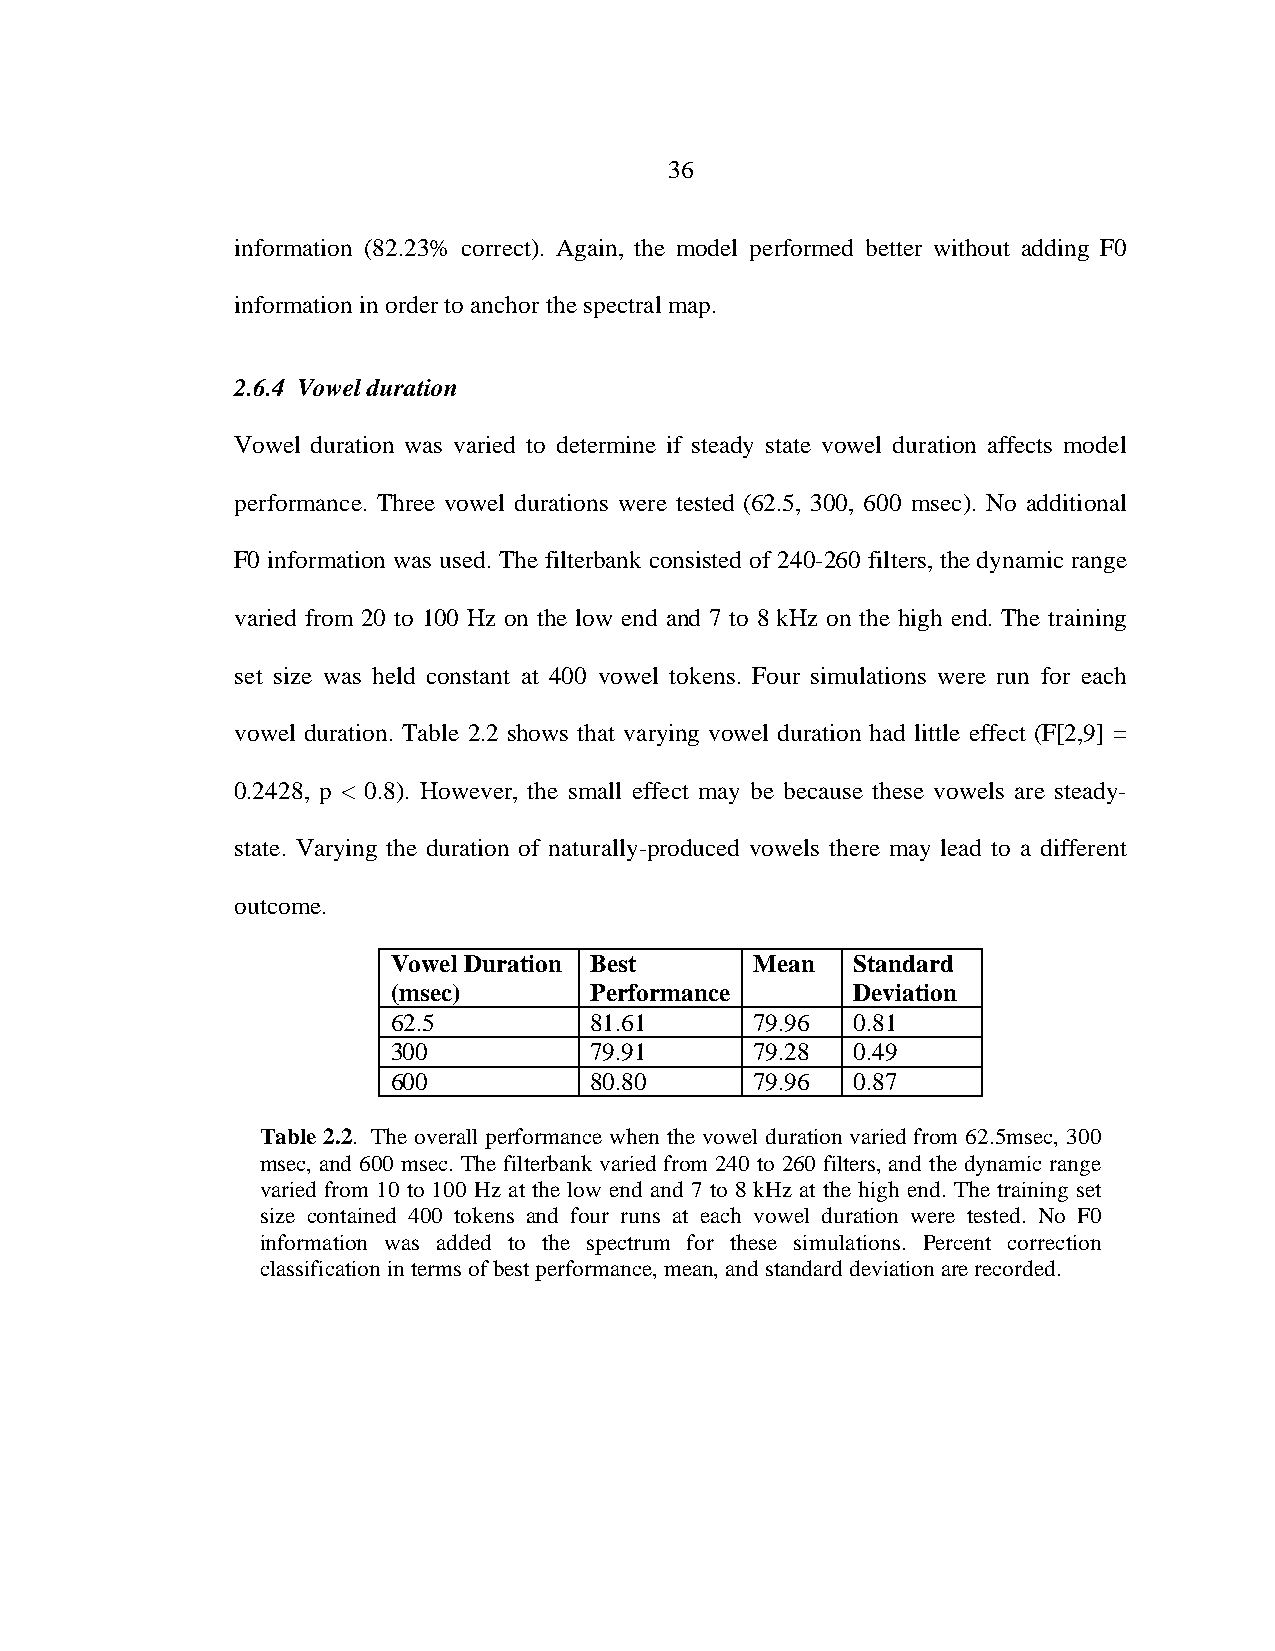
36
 information (82.23% correct). Again, the model performed better without adding F0
 information in order to anchor the spectral map.
 2.6.4 Vowel duration
 Vowel duration was varied to determine if steady state vowel duration affects model
 performance. Three vowel durations were tested (62.5, 300, 600 msec). No additional
 F0 information was used. The filterbank consisted of 240-260 filters, the dynamic range
 varied from 20 to 100 Hz on the low end and 7 to 8 kHz on the high end. The training
 set size was held constant at 400 vowel tokens. Four simulations were run for each
 vowel duration. Table 2.2 shows that varying vowel duration had little effect (F[2,9] =
 0.2428, p < 0.8). However, the small effect may be because these vowels are steady-
 state. Varying the duration of naturally-produced vowels there may lead to a different
 outcome.
 Vowel Duration Best     Mean  Standard
 (msec)       Performance      Deviation
 62.5         81.61      79.96 0.81
 300          79.91      79.28 0.49
 600          80.80      79.96 0.87
 Table 2.2. The overall performance when the vowel duration varied from 62.5msec, 300
 msec, and 600 msec. The filterbank varied from 240 to 260 filters, and the dynamic range
 varied from 10 to 100 Hz at the low end and 7 to 8 kHz at the high end. The training set
 size contained 400 tokens and four runs at each vowel duration were tested. No F0
 information was added to the spectrum for these simulations. Percent correction
 classification in terms of best performance, mean, and standard deviation are recorded.